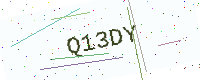
Text: Q13DY